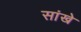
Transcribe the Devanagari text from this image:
सांखे